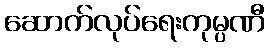
ဆောက်လုပ်ရေးကုမ္ပဏီ